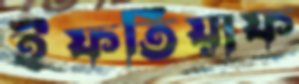
ইফতিয়াফ